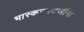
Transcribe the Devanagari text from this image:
भास्करभटजींना